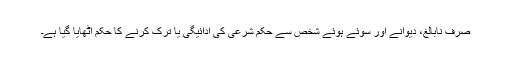
صرف نابالغ، دیوانے اور سوئے ہوئے شخص سے حکم شرعی کی ادائیگی یا ترک کرنے کا حکم اٹھایا گیا ہے۔